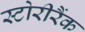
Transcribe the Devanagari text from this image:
स्टोरीरैंक